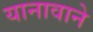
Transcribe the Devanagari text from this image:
यानावाने